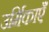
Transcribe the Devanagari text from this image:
उर्मिकाएँ